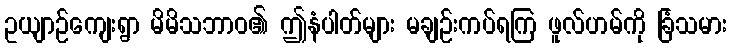
ဥယျာဉ်ကျေးရွာ မိမိသဘာဝ၏ ဤနံပါတ်များ မချဉ်းကပ်ရကြ ဖူလ်ဟမ်ကို ခြံသမား